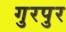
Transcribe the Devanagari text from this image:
गुरपुर